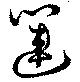
篋